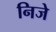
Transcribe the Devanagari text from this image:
निजे